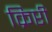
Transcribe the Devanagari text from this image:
क्रिप्टी